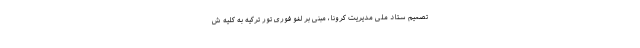
تصمیم ستاد ملی مدیریت کرونا، مبنی بر لغو فوری تور ترکیه به کلیه ش